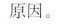
原因。